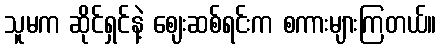
သူမက ဆိုင်ရှင်နဲ့ ဈေးဆစ်ရင်းက စကားများကြတယ်။